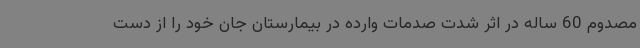
مصدوم 60 ساله در اثر شدت صدمات وارده در بیمارستان جان خود را از دست